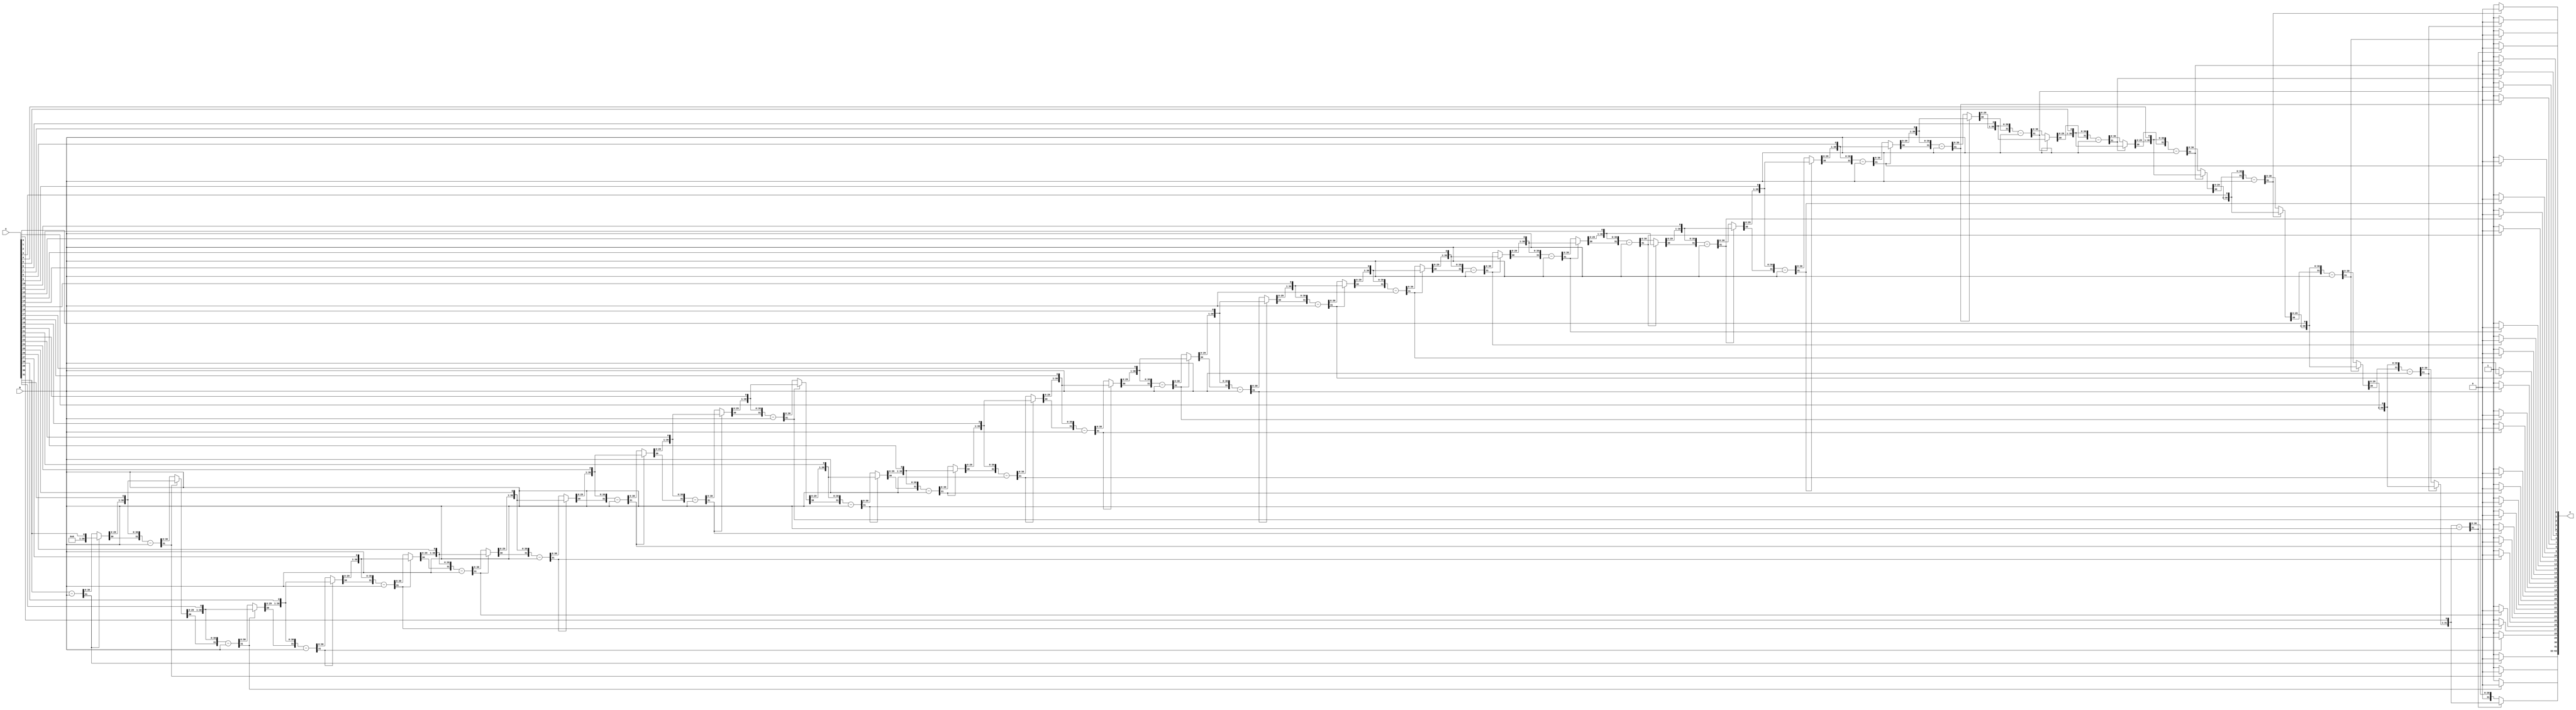
//Restoring divider (Add deal with negaative)
`timescale 1ns/10ps
module divider(A, B, C);
input [31:0] A, B; //A is Dividend, B is Divisor M
output reg [63:0] C;
reg [31:0] temp;
integer i;
always@(A or B)
	begin
	C = {32'b0, A};
	
		for (i=0;i<32;i=i+1) begin //for 32 bits,
			C = C << 1;
			temp = C[63:32];
			C[63:32] = C[63:32] - B;
			
			if (C[63] == 1) begin // if negative,
				C[0] = 0;
				C[63:32] = temp;
			end else begin
				C[0] = 1;
			end
		end
		
		//remainder is in C[63:32]
	end
endmodule